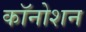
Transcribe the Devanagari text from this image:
कॉनोशन